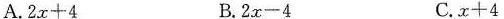
A.$$2 x + 4$$ B.$$2 x - 4$$ C.$$x + 4$$